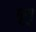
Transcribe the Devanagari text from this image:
मृयु